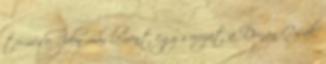
termése. Idén már lement egy sorozat a Dunán Csak